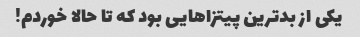
یکی از بدترین پیتزاهایی بود که تا حالا خوردم!